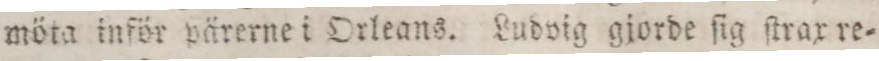
möta inför pärerne i Orleans. Ludvig gjorde ſig ſtrax re=